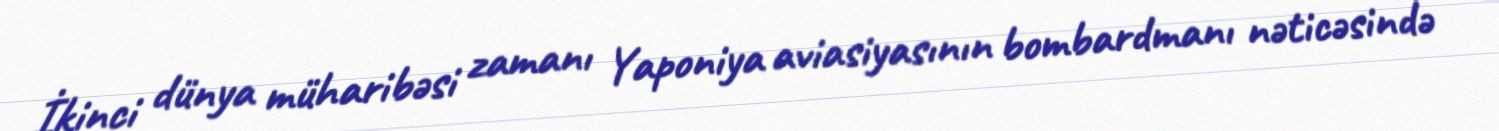
İkinci dünya müharibəsi zamanı Yaponiya aviasiyasının bombardmanı nəticəsində